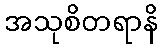
အသုစိတရာနိ